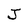
Character: J